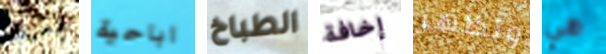
يعرفك اباحية الطباخ إخافة وتظهر هي